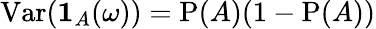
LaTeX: \operatorname{Var}(\mathbf{1}_{A}(\omega))=\operatorname{P}(A)(1-\operatorname{P}(A))